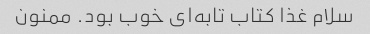
سلام غذا کتاب تابه‌ای خوب بود. ممنون